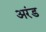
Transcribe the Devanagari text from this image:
अरंड